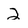
Character: 2